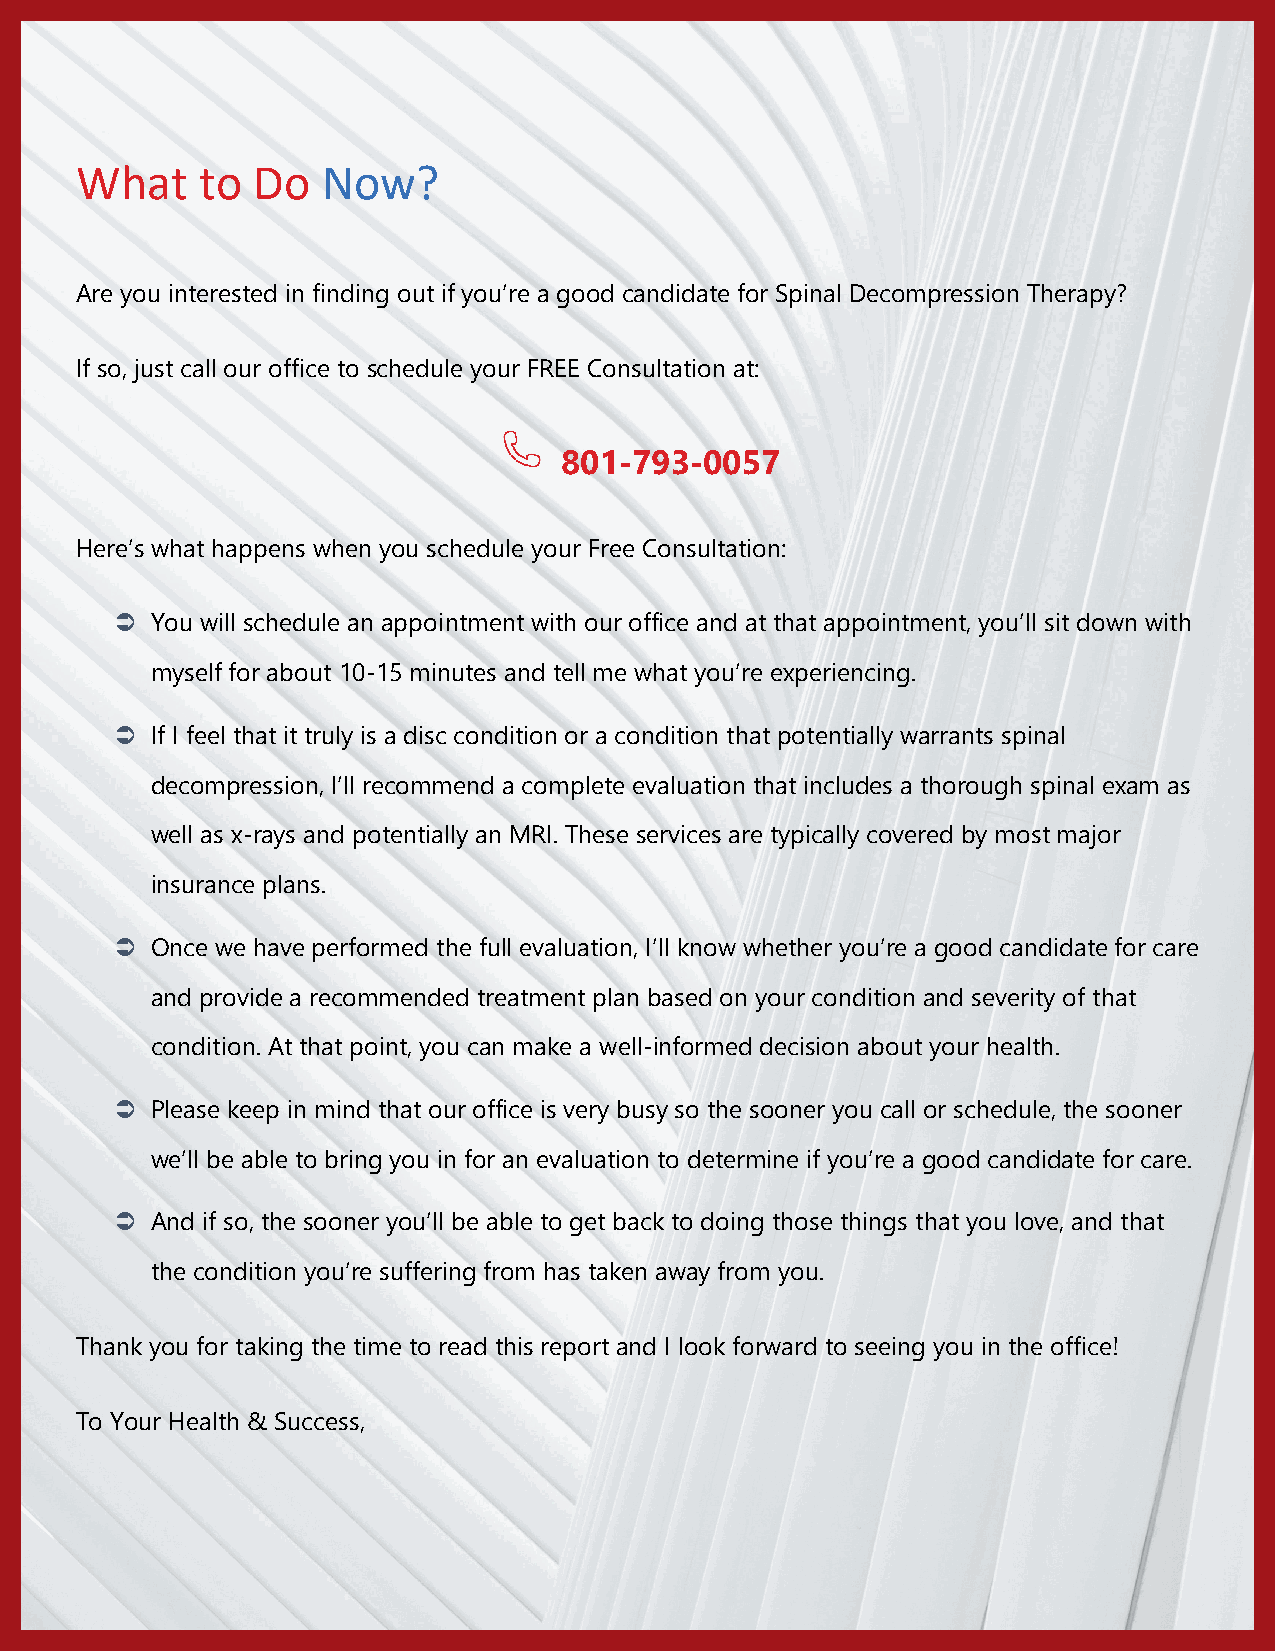
What    to  Do  Now?
 Are you interested in finding out if you’re a good candidate for Spinal Decompression Therapy?
 If so, just call our office to schedule your FREE Consultation at:
 801-793-0057
 Here’s what happens when you schedule your Free Consultation:
 Ü You will schedule an appointment with our office and at that appointment, you’ll sit down with
 myself for about 10-15 minutes and tell me what you’re experiencing.
 Ü If I feel that it truly is a disc condition or a condition that potentially warrants spinal
 decompression, I’ll recommend a complete evaluation that includes a thorough spinal exam as
 well as x-rays and potentially an MRI. These services are typically covered by most major
 insurance plans.
 Ü Once we have performed the full evaluation, I’ll know whether you’re a good candidate for care
 and provide a recommended treatment plan based on your condition and severity of that
 condition. At that point, you can make a well-informed decision about your health.
 Ü Please keep in mind that our office is very busy so the sooner you call or schedule, the sooner
 we’ll be able to bring you in for an evaluation to determine if you’re a good candidate for care.
 Ü And if so, the sooner you’ll be able to get back to doing those things that you love, and that
 the condition you’re suffering from has taken away from you.
 Thank you for taking the time to read this report and I look forward to seeing you in the office!
 To Your Health & Success,
 Page | 14